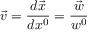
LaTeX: \vec { v } = \frac { d \vec { x } } { d x ^ { 0 } } = \frac { \vec { w } } { w ^ { 0 } }